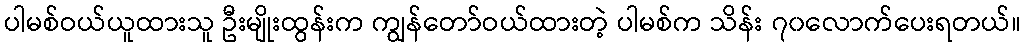
ပါမစ်ဝယ်ယူထားသူ ဦးမျိုးထွန်းက ကျွန်တော်ဝယ်ထားတဲ့ ပါမစ်က သိန်း ၇၀လောက်ပေးရတယ်။